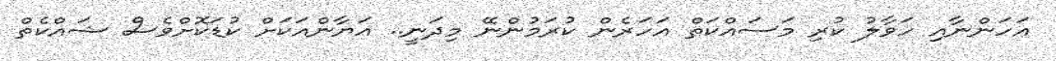
އަހަންނާއި ހަވާލު ކުރި މަސައްކަތް އަހަރެން ކުރަމުންނޭ މިދަނީ.. އަޔާންއަކަށް ކުޑަކޮށްވެސް ޝައްކެތް